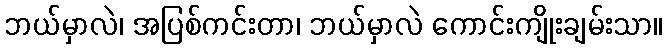
ဘယ်မှာလဲ၊ အပြစ်ကင်းတာ၊ ဘယ်မှာလဲ ကောင်းကျိုးချမ်းသာ။